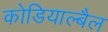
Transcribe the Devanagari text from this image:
कोडियाल्बैल